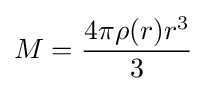
M={4\pi \rho (r)r^{3} \over 3}